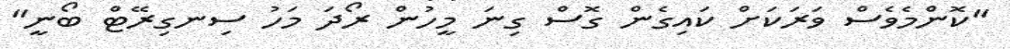
"ކޮންމެވެސް ވަރަކަށް ކައިގެން ގޮސް ގިނަ މީހުން ރޯދަ މަހު ސިނގިރޭޓް ބޯނީ"